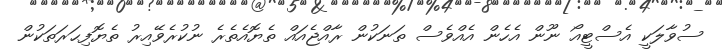
ސުވާލަކީ އެސްޓީއޯ ނޫން އެހެން އެއްވެސް ތަނަކުން ރާއްޖެއައް ތެޔޮއެތެރެ ނުކުރެވޭއިރު ތެޔޮފިޙަރަތަކުން